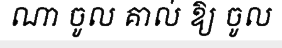
ណា ចូល គាល់ ឱ្យ ចូល